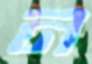
ন